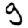
Digit: 9